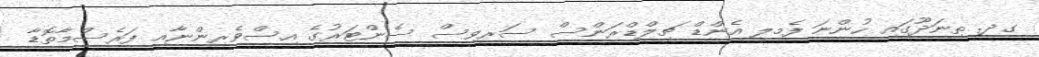
ގދ. ތިނަދޫގައި ހުންނަ ފެމިލީ އެންޑް ޗިލްޑްރަންސް ސަރވިސް ސެންޓަރުގެ އިސްވެރިންނާއި ފަރެސްމާތޮޑާ